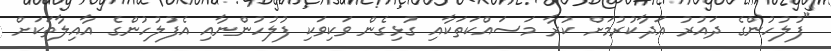
"ފުލުހުންގެ ދައުރު އަދާކުރުމަށް ކުރާ މަސައްކަތަކާއި ގުޅިގެން ވަކިވަކި ފުލުހުންނާއި އެފުލުހުންގެ އާއިލާތަކަށް